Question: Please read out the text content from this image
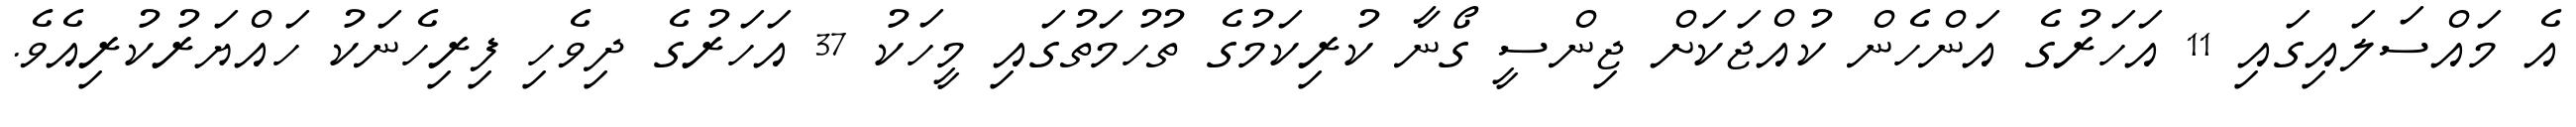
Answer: އެ މައްސަލައިގައި 11 އަހަރުގެ އަންހެން ކުއްޖަކަށް ޖިންސީ ގޯނާ ކުރިކަމުގެ ތުހުމަތުގައި މީހަކު 37 އަހަރުގެ ދިވެހި ފިރިހެނަކު ހައްޔަރުކުރިއެވެ.